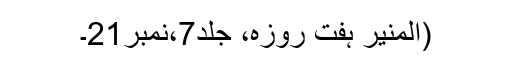
(المنیر ہفت روزہ، جلد7،نمبر21۔